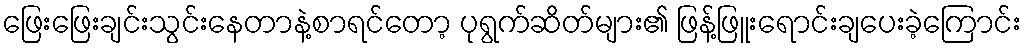
ဖြေးဖြေးချင်းသွင်းနေတာနဲ့စာရင်တော့ ပုရွက်ဆိတ်များ၏ ဖြန့်ဖြူးရောင်းချပေးခဲ့ကြောင်း